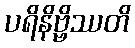
ပရိနိဗ္ဗိဿတိ